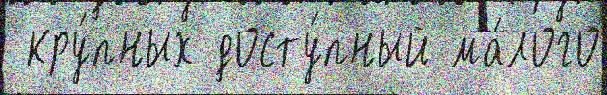
 кру́пных досту́пный ма́лого